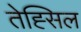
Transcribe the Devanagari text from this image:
तेह्सिल